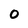
Character: 0